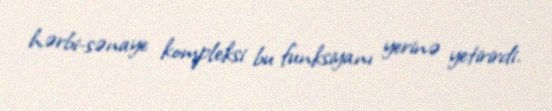
hərbi-sənaye kompleksi bu funksiyanı yerinə yetirirdi.